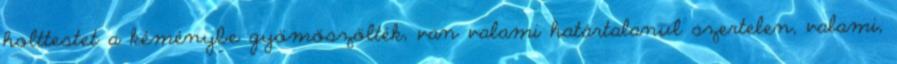
holttestet a kéménybe gyömöszölték, van valami határtalanul szertelen, valami,